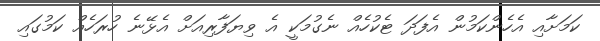
ކަމަށާއި އެހެންކަމުން އެފަދަ ޓެކުހެއް ނެގުމަކީ އެ ވިޔަފާރިއަށް އެޅޭނެ ހުރަހެއް ކަމުގައި